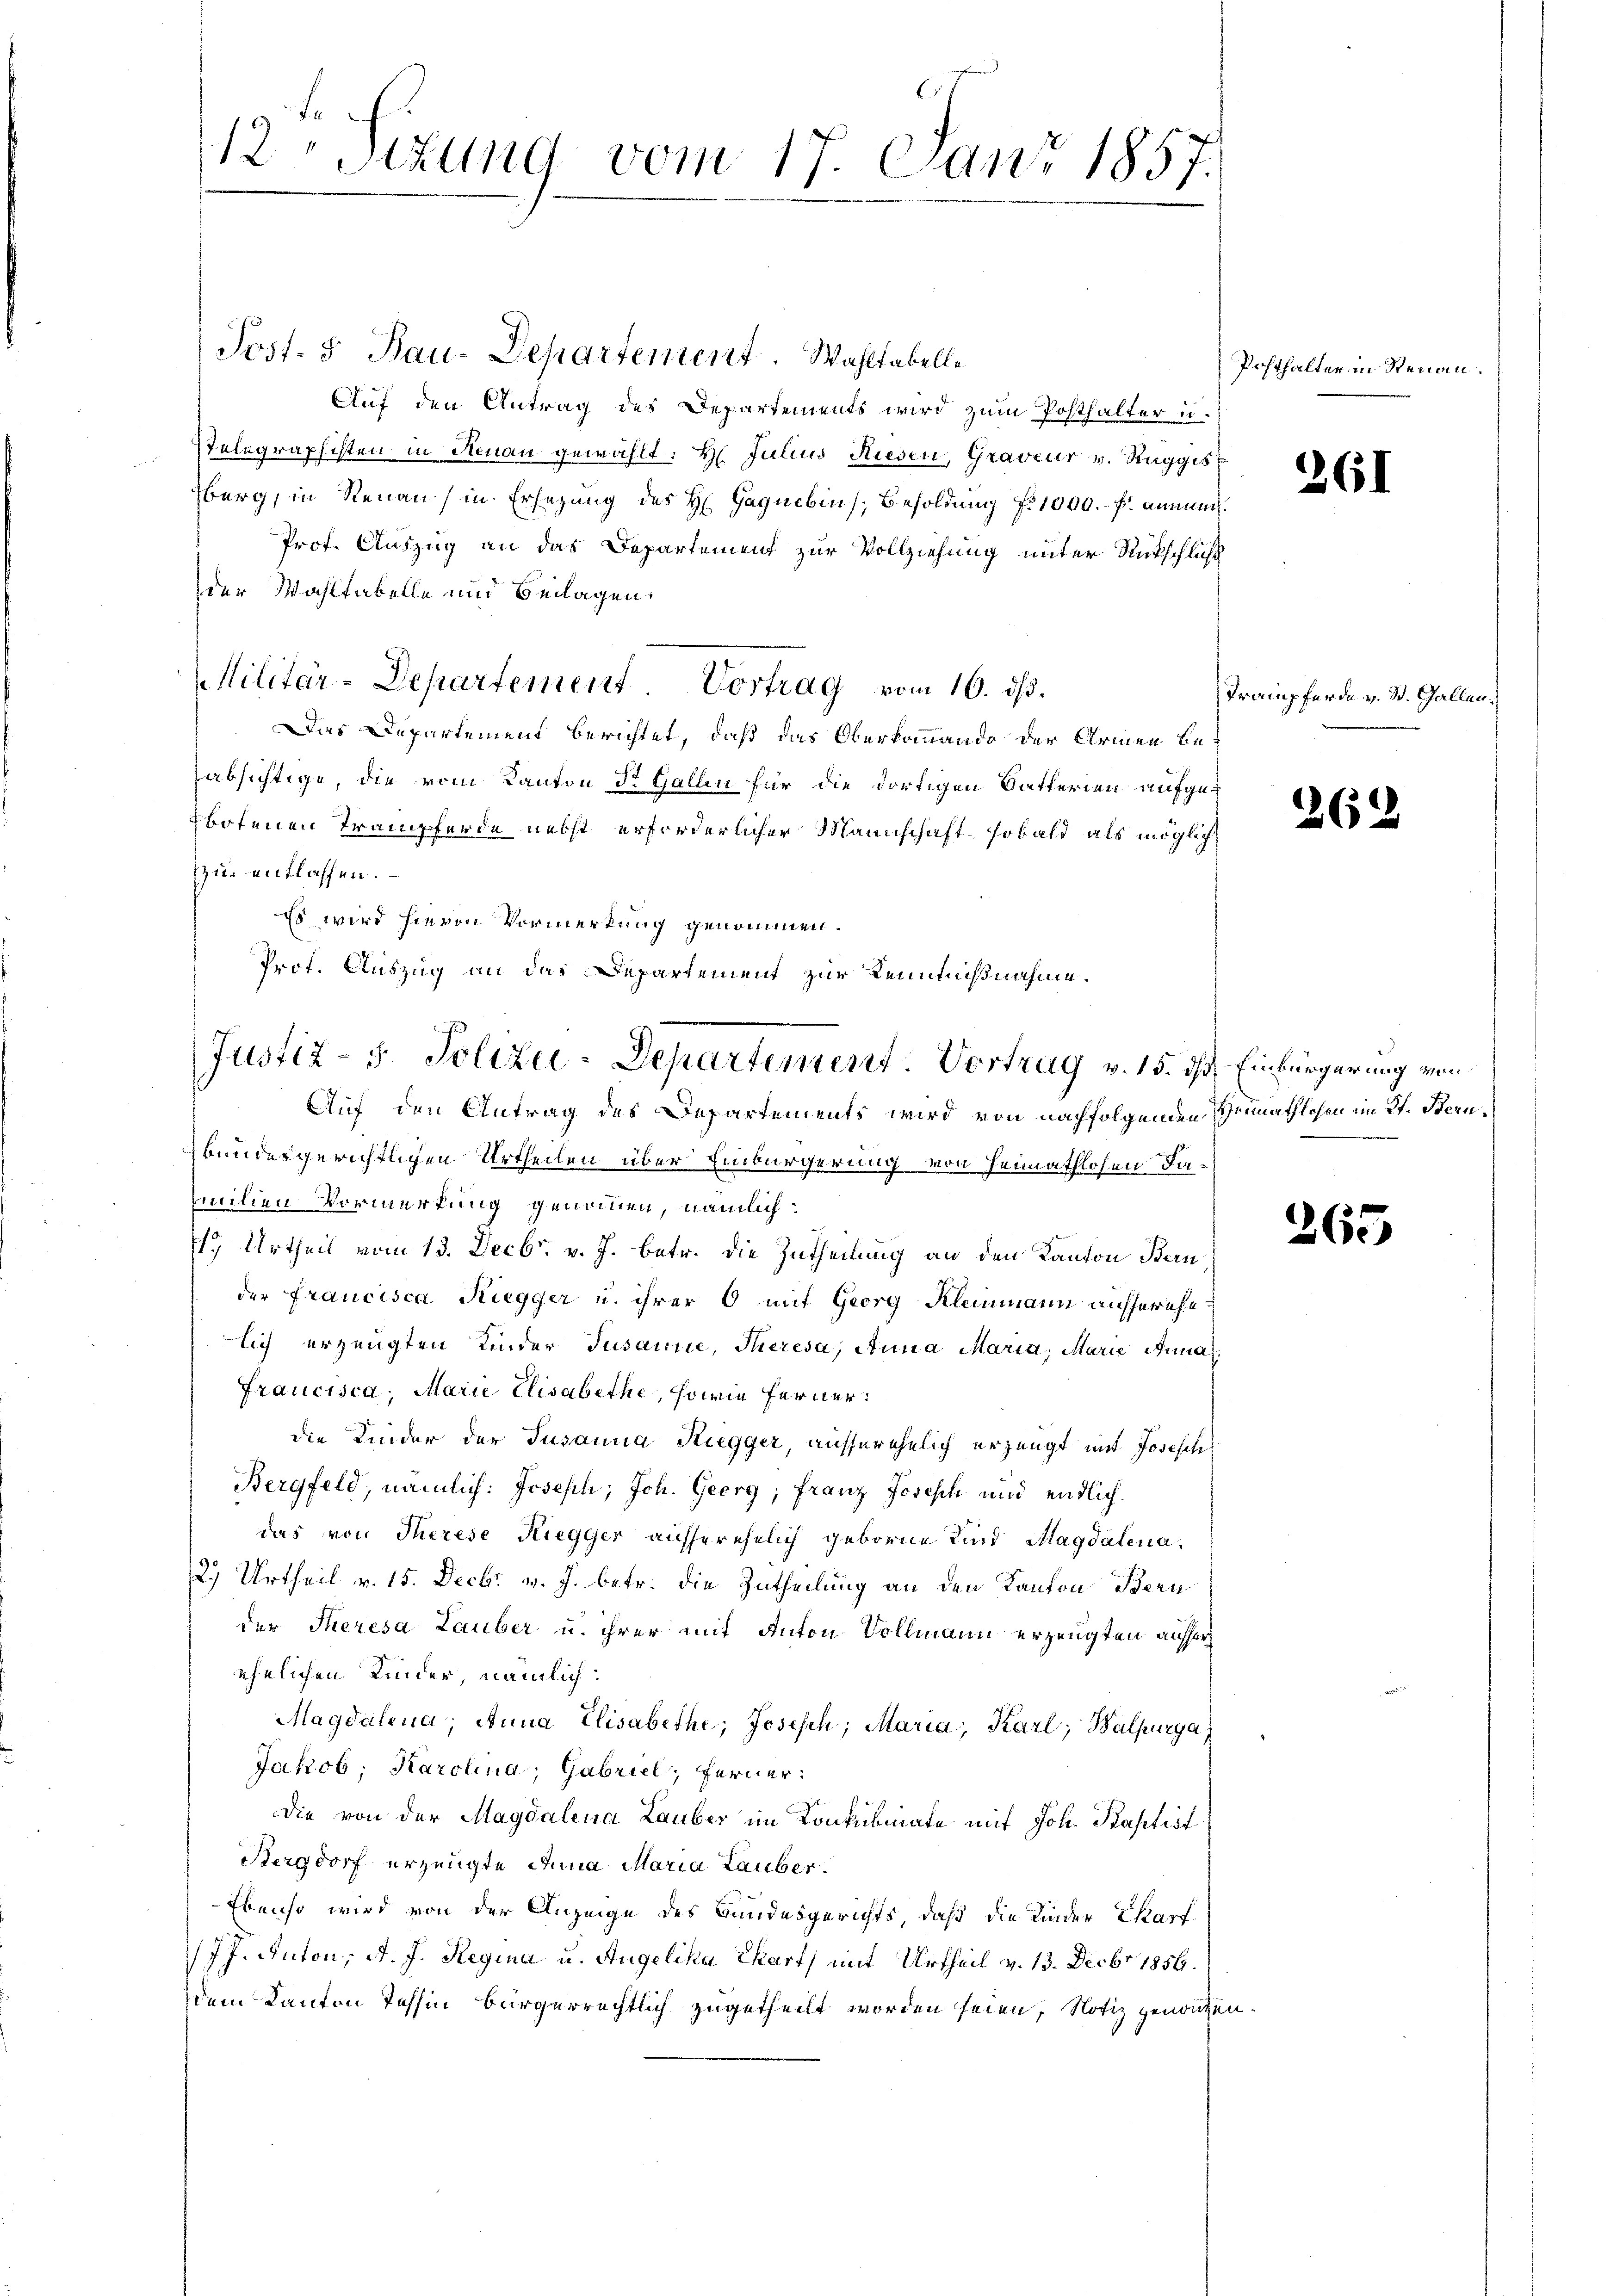
12 Stzung vom 17. Juni 185
.

Jost- & Bau-Departement. Wahltabelle
Auf den Antrag des Departements wird zum Posthalter u.
Telegraphisten in Renau gewählt: Hr. Julius Riesen, Graveur v. Reggis
berg, in Renau) in Ersezung des H Gaquebin), Besoldung f. 1000.- p. annah¬
Prof. Auszug an das Departement zur Vollziehung unter Rückschluß
der Wahltabelle und Beilagen.
Militär-Departement. Vortrag vom 16. ds.
Das Departement berichtet, daß das Oberkommando der Armen beabsichtige, die vom Kanton Dr. Gallen für die dortigen Satterien aufgebotenen Trampferde nebst erforderlicher Mannschaft, sobald als möglich
zu entlassen.
Es wird hievon Vormerkung genommen.
Prot. Auszug an das Departement zur Kenntnißnahme.
Auf den Antrag des Departements wird von nachfolgenden Heimathlohen im Kt. Bern,
bundergerichtlichen Urtheilen über Einbürgerung von Heimathlosen damilien Vormerkung genommen, nämlich:
17 Urtheil vom 13. Decbr. v. J. betr. die Zutheilung an den Kanton Bern
der Francisca Riegger u. ihrer 6 mit Georg Kleinmann ausserehelich erzeugten Kinder Jusanne, Theresa, Anna Maria, Marie Anna
Francisca, Marie Elisabethe, sowie ferner
die Kinder der Jusanna Ruegger, ausserehelich erzeugt mit Josesch
Bergfeld, nämlich: Joseph, Joh. Georg, franz Joseph und endlich
das von Therese Riegger ausserehelich geborne Kind Magdalena.
2) Urtheil v. 15. Decbr v. J. betr. die Zutheilung an den Kanton Bern
der Theresa Lauber u. ihrer mit Anton Vollmann erzeugten auffer
ehelichen Kinder, nämlich:
Magdalena, Anna Elisabethe, Josisch, Maria, Karl, Balpurga
Jakob; Karolina, Gabriel; ferner:
Die von der Magdalena Lauber im Konkubinate mit Joh. Kaptist
Bergdorf erzeugte Anna Maria Lauber.
Ebenso wird von der Anzeige des Bundesgerichts, daß die Kinder Charf
JJ. Anton, d. J. Regina u. Angelika Chart, mit Urtheil v. 13. Decbr 1856.
dem Kanton Tessin bürgerrechtlich zugetheilt worden seien, Notiz genommen.

Justiz - 5. Polizei-Departement. Vortrag v. 15. ds. Einbürgerung von

Posthalter in Renau.

261

Trampferde v. St. Gallen.

262

265